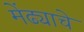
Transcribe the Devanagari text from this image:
मेंढ्याचे